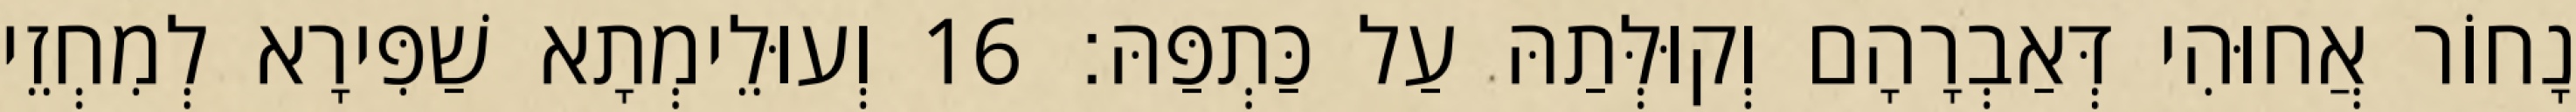
נָחוֹר אֲחוּהִי דְּאַבְרָהָם וְקוּלְּתַהּ עַל כַּתְפַּהּ׃ 16 וְעוּלֵימְתָא שַׁפִּירָא לְמִחְזֵי